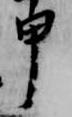
甲